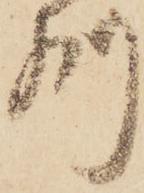
州